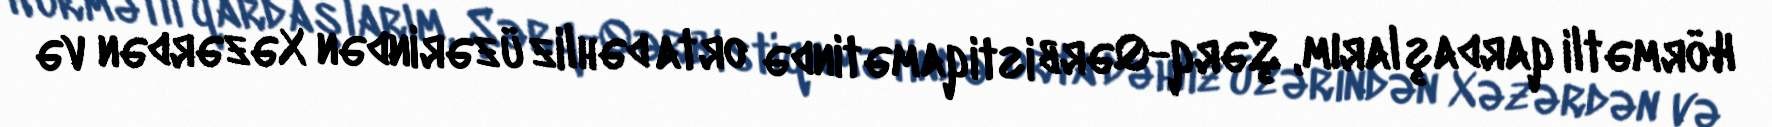
Hörmətli qardaşlarım, Şərq-Qərb istiqamətində orta dəhliz üzərindən Xəzərdən və